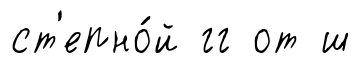
ст'епно́й гг от ш